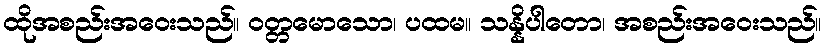
ထိုအစည်းအဝေးသည်။ ဝတ္တမောသော၊ ပထမ။ သန္နိပါတော၊ အစည်းအဝေးသည်။